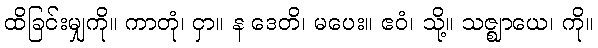
ထိခြင်းမျှကို။ ကာတုံ၊ ငှာ။ န ဒေတိ၊ မပေး။ ဧဝံ၊ သို့။ သဇ္ဈာယေ၊ ကို။